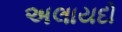
અલાયદો